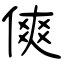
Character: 傸